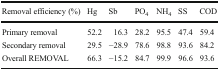
| Removal efficiency (%) | Hg | Sb | PO4 | NH4 | SS | COD |
 | --- | --- | --- | --- | --- | --- | --- |
 | Primary removal | 52.2 | 16.3 | 28.2 | 95.5 | 47.4 | 59.4 |
 | Secondary removal | 29.5 | −28.9 | 78.6 | 98.8 | 93.6 | 84.2 |
 | Overall REMOVAL | 66.3 | −15.2 | 84.7 | 99.9 | 96.6 | 93.6 |